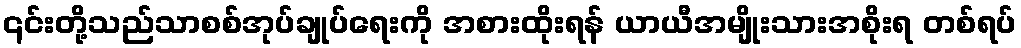
၎င်းတို့သည်သာစစ်အုပ်ချုပ်ရေးကို အစားထိုးရန် ယာယီအမျိုးသားအစိုးရ တစ်ရပ်